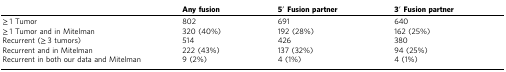
<table><thead><tr><td></td><td><b>Any fusion</b></td><td><b>5′ Fusion partner</b></td><td><b>3′ Fusion partner</b></td></tr></thead><tbody><tr><td>≥ 1 Tumor</td><td>802</td><td>691</td><td>640</td></tr><tr><td>≥ 1 Tumor and in Mitelman</td><td>320 (40%)</td><td>192 (28%)</td><td>162 (25%)</td></tr><tr><td>Recurrent (≥ 3 tumors)</td><td>514</td><td>426</td><td>380</td></tr><tr><td>Recurrent and in Mitelman</td><td>222 (43%)</td><td>137 (32%)</td><td>94 (25%)</td></tr><tr><td>Recurrent in both our data and Mitelman</td><td>9 (2%)</td><td>4 (1%)</td><td>4 (1%)</td></tr></tbody></table>